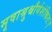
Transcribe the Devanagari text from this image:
मृषाश्रुश्चौर्यशंकितः।